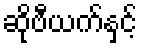
ဆိုဗီယက်နှင့်